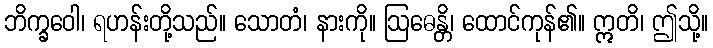
ဘိက္ခဝေါ၊ ရဟန်းတို့သည်။ သောတံ၊ နားကို။ ဩဓေန္တိ၊ ထောင်ကုန်၏။ ဣတိ၊ ဤသို့။